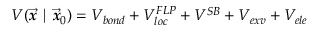
V ( \overrightarrow { \mathbfit { x } } \mid \overrightarrow { \mathbfit { x } } _ { 0 } ) = V _ { b o n d } + V _ { l o c } ^ { F L P } + V ^ { S B } + V _ { e x v } + V _ { e l e }